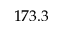
1 7 3 . 3